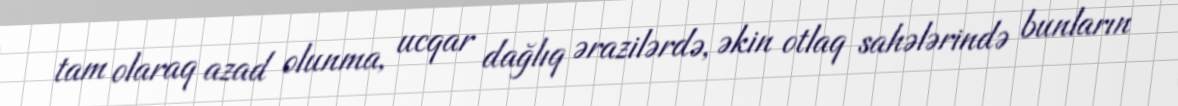
tam olaraq azad olunma, ucqar dağlıq ərazilərdə, əkin otlaq sahələrində bunların